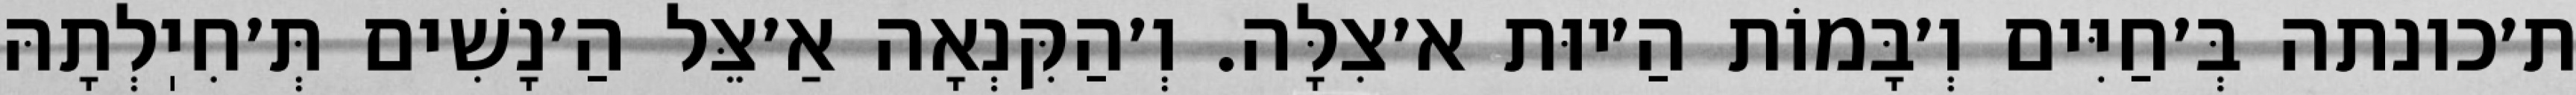
ת׳כונתה בְּ׳חַיִּים וְ׳בָּמוֹת הַ׳יוּת א׳צִלָּה. וְ׳הַקִּנְאָה אַ׳צֵּל הַ׳נָשִׁים תְּ׳חִיֽלְתָהּ